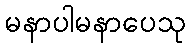
မနာပါမနာပေသု